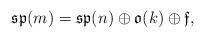
LaTeX: \begin{align*} \mathfrak{sp}(m) = \mathfrak{sp}(n) \oplus \mathfrak{o}(k) \oplus \mathfrak{f},\end{align*}